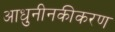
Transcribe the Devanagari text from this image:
आधुनीनकीकरण